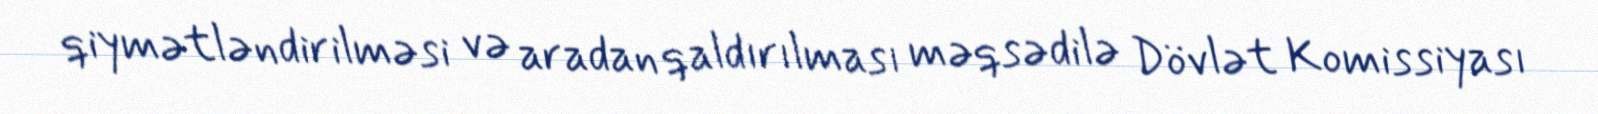
qiymətləndirilməsi və aradan qaldırılması məqsədilə Dövlət Komissiyası